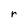
Character: r